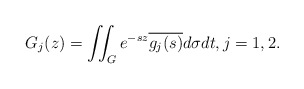
\begin{align*}G_j(z)=\iint_G e^{-sz}\overline{g_j(s)}d\sigma dt,j=1,2.\end{align*}